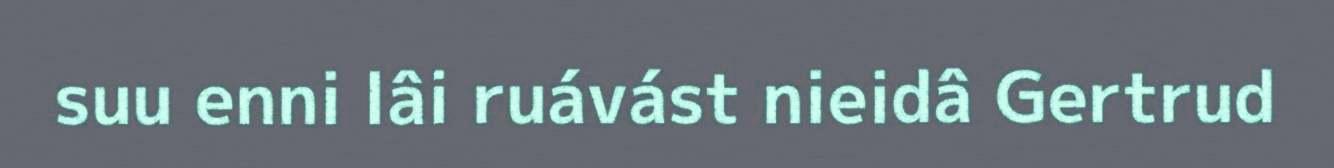
suu enni lâi ruávást nieidâ Gertrud